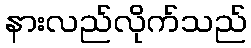
နားလည်လိုက်သည်